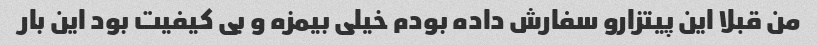
من قبلا این پیتزارو سفارش داده بودم خیلی بیمزه و بی کیفیت بود این بار